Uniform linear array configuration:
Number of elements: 16
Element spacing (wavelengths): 0.5
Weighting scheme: kaiser
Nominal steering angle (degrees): -15
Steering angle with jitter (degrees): -16.102
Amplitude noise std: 0.05
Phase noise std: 0.05

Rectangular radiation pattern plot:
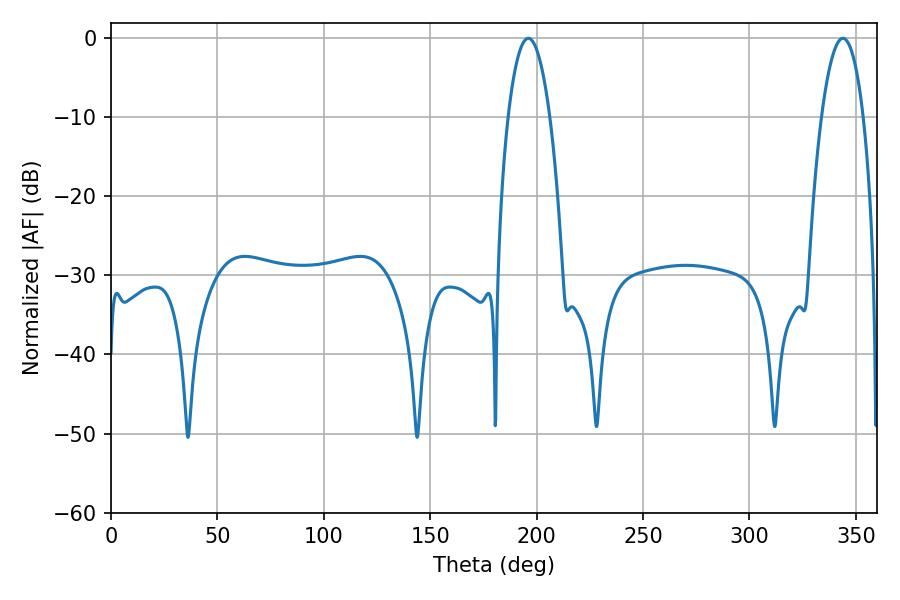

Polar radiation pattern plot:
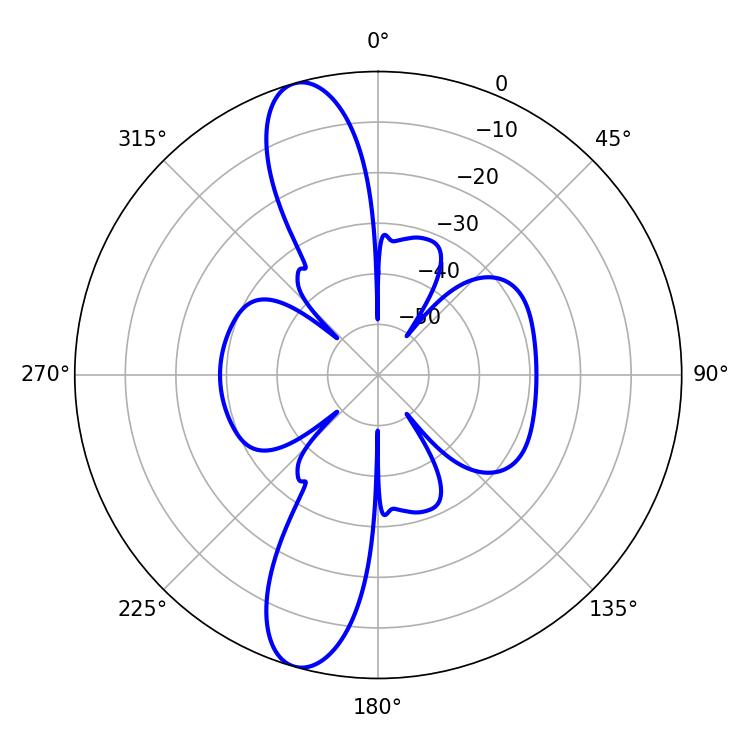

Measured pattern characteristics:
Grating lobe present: FALSE
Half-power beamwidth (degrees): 10.8
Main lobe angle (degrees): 196.02